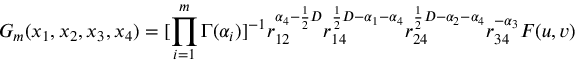
G _ { m } ( x _ { 1 } , x _ { 2 } , x _ { 3 } , x _ { 4 } ) = [ \prod _ { i = 1 } ^ { m } \Gamma ( \alpha _ { i } ) ] ^ { - 1 } r _ { 1 2 } ^ { \alpha _ { 4 } - \frac { 1 } { 2 } D } r _ { 1 4 } ^ { \frac { 1 } { 2 } D - \alpha _ { 1 } - \alpha _ { 4 } } r _ { 2 4 } ^ { \frac { 1 } { 2 } D - \alpha _ { 2 } - \alpha _ { 4 } } r _ { 3 4 } ^ { - \alpha _ { 3 } } F ( u , v )